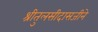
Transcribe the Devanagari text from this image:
श्रीतुलसीदासजीने